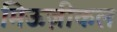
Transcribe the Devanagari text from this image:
मिऊज़ीकल